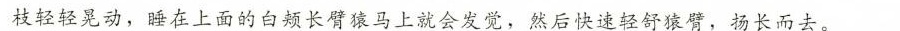
枝轻轻晃动，睡在上面的白颊长臂马上就会发觉，然后快速轻舒猿臂，扬长而去。